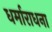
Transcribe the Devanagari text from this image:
धर्माराधना